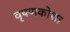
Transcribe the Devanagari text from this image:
वृषणकोशा